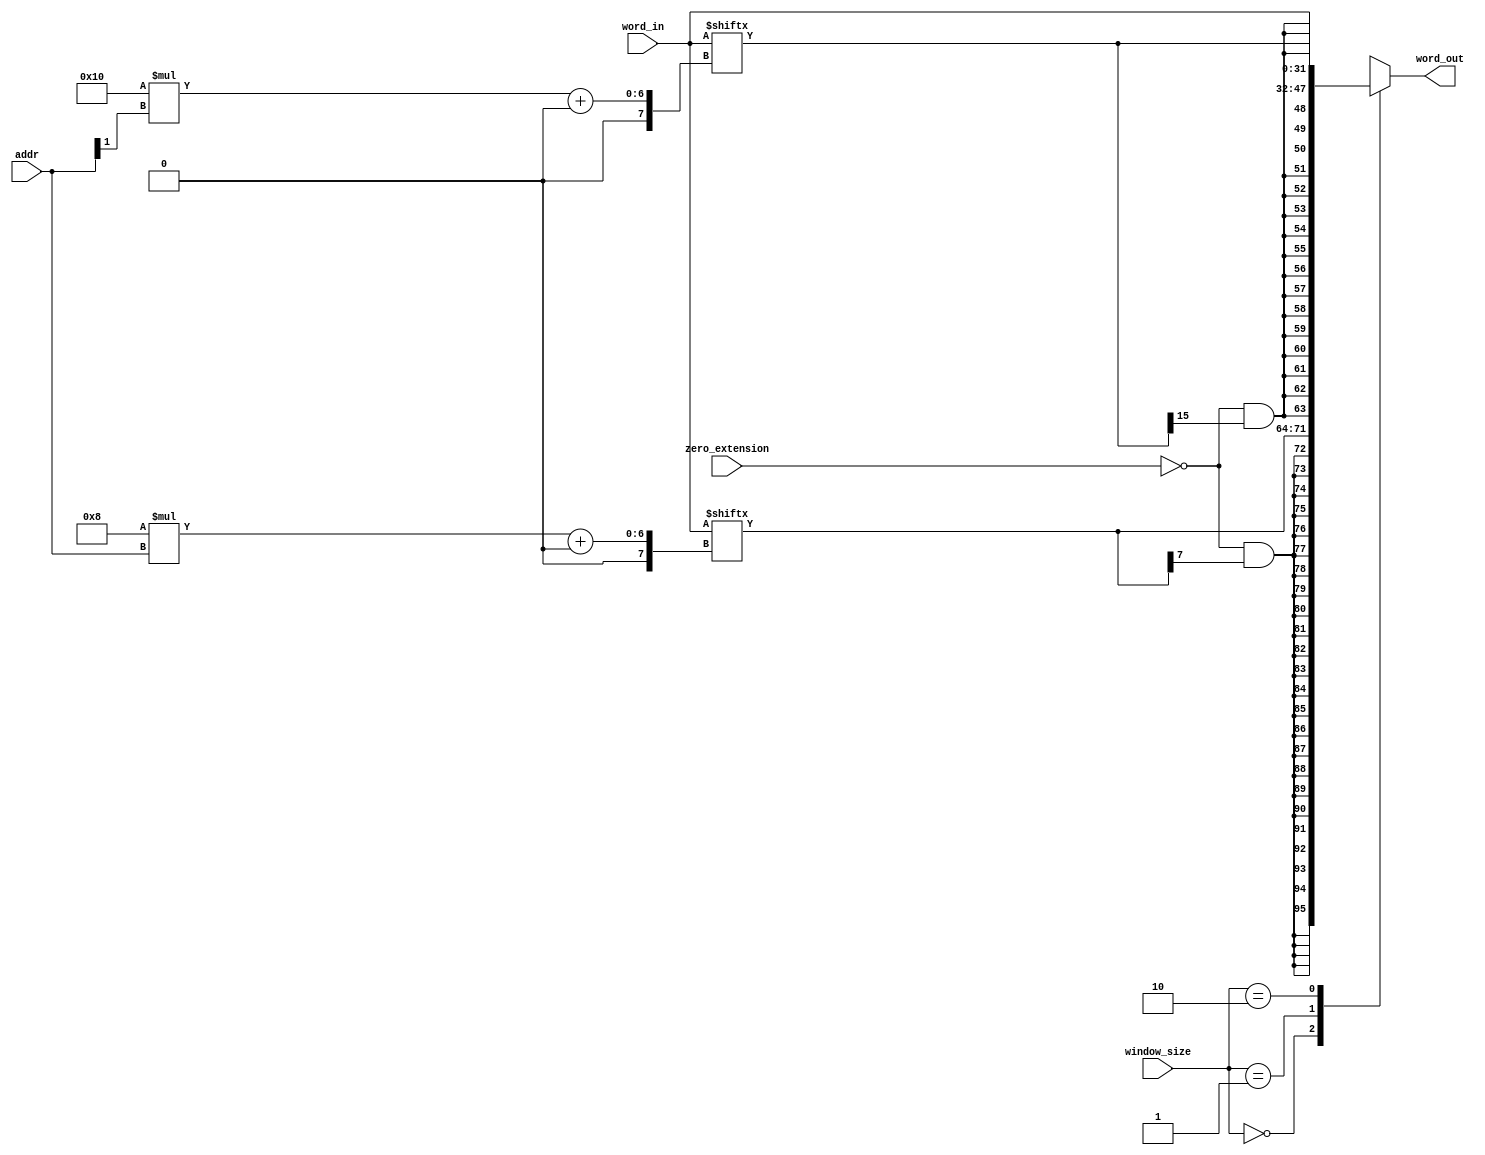
// No Copyright. Vladislav Aleinik, 2020
//=============================================================================
// Windowed Word Reader
//=============================================================================
// - All loads pass through a Windowed Word Reader module
//=============================================================================
module WindowedWordReader(
	input [31:0]word_in,
	input [ 1:0]addr,

	input [1:0]window_size,
	input zero_extension,

	output reg [31:0]word_out
);

wire [ 7:0]word_08 = word_in[ 8*addr    +:  8];
wire [15:0]word_16 = word_in[16*addr[1] +: 16];

always @(*) begin
	case (window_size)
		2'b00: begin
			word_out = {{24{!zero_extension & word_08[7]}}, word_08};
		end
		2'b01: begin
			word_out = {{16{!zero_extension & word_16[15]}}, word_16};
		end
		2'b10: begin
			word_out = word_in;
		end
		2'b11: begin
			word_out = 32'bx;
		end
	endcase
end
endmodule

//=============================================================================
// Windowed Word Writer
//=============================================================================
// - All stores pass are performed through Windowed Word Writer module
//=============================================================================
module WindowedWordWriter(
	input [31:0]word_from_cpu,
	input [31:0]word_from_memory,
	input [ 1:0]addr,

	input [1:0]window_size,
	input write_enable,

	output reg [31:0]word_out
);

wire [ 7:0]word_08 = word_from_cpu[ 7:0];
wire [15:0]word_16 = word_from_cpu[15:0];

always @(*) begin
	if (write_enable) begin
		case (window_size)
			2'b00: begin
				case (addr)
					2'b00: word_out = {word_from_memory[31: 8], word_08                        };
					2'b01: word_out = {word_from_memory[31:16], word_08, word_from_memory[ 7:0]};
					2'b10: word_out = {word_from_memory[31:24], word_08, word_from_memory[15:0]};
					2'b11: word_out = {                         word_08, word_from_memory[23:0]};	
				endcase
			end
			2'b01: begin
				case (addr[1])
					1'b0: word_out = {word_from_memory[31:16], word_16};
					1'b1: word_out = {word_16, word_from_memory[15:0]};
				endcase
			end
			2'b10: begin
				word_out = word_from_cpu;
			end
			2'b11: begin
				word_out = word_from_memory;
			end
		endcase
	end
	else word_out = word_from_memory;
end
endmodule